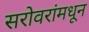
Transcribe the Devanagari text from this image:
सरोवरांमधून